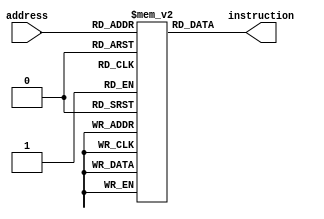

module instruction_memory(
    input [9:0] address,
    output [17:0] instruction
);
    reg [17:0] instr_mem[1023:0];

    assign instruction = instr_mem[address]; // Asynchronous read
endmodule